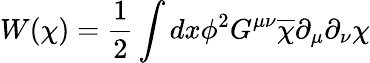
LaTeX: W(\chi)=\frac{1}{2}\int dx\phi^{2}G^{\mu\nu}\overline{{{\chi}}}\partial_{\mu}\partial_{\nu}\chi